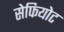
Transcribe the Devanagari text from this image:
सेफियोट